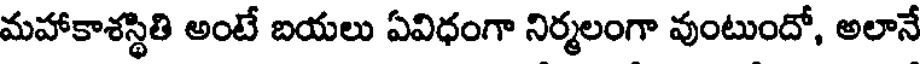
మహాకాశస్థితి అంటే బయలు ఏవిధంగా నిర్మలంగా వుంటుందో, అలానే